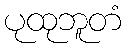
ပုထုဘူတံ